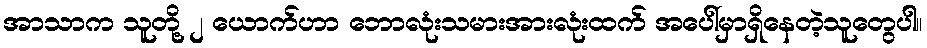
အာသာက သူတို့ ၂ ယောက်ဟာ ဘောလုံးသမားအားလုံးထက် အပေါ်မှာရှိနေတဲ့သူတွေပါ။